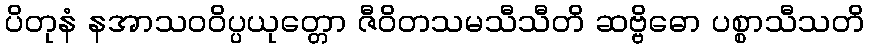
ပိတုနံ နအာသဝဝိပ္ပယုတ္တော ဇီဝိတသမသီသီတိ ဆဗ္ဗိဓော ပစ္စာသီသတိ